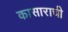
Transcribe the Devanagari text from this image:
कासाराची